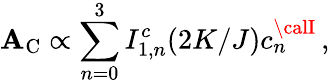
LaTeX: \mathbf{A}_{\mathrm{{C}}}\propto\sum_{n=0}^{3}I_{1,n}^{c}(2K/J)c_{n}^{\calI}\, ,